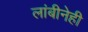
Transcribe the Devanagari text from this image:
लांबीनेही